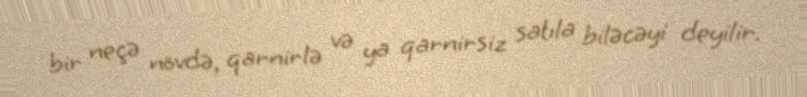
bir neçə növdə, qarnirlə və ya qarnirsiz satıla biləcəyi deyilir.